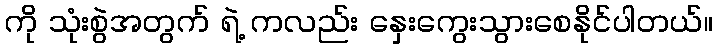
ကို သုံးစွဲအတွက် ရဲ့ ကလည်း နှေးကွေးသွားစေနိုင်ပါတယ်။